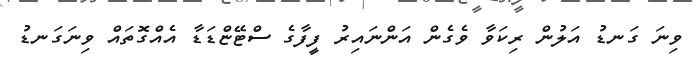
ވިނަ ގަނޑު އަލުން ރިކަވާ ވެގެން އަންނައިރު ފީފާގެ ސްޓޭޏްޑަޑާ އެއްގޮތައް ވިނަގަނޑު